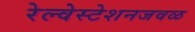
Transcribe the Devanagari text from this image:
रेल्वेस्टेशनजवळ